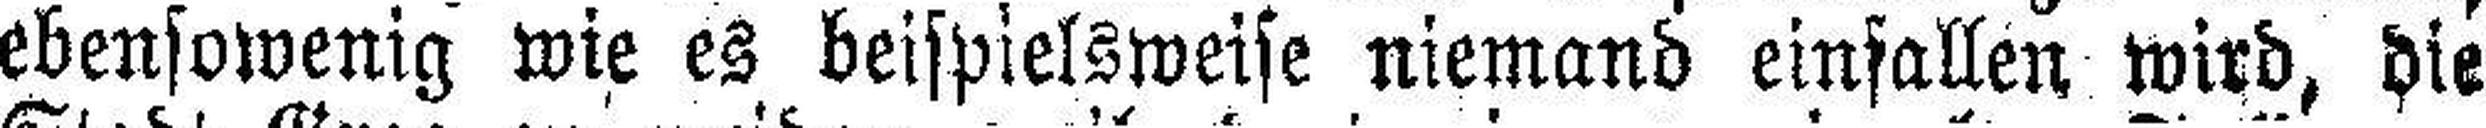
ebensowenig wie es beispielsweise niemand einfallen wird, die